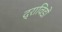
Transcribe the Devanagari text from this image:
द्राविडों